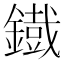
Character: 鐡